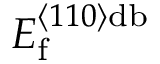
E _ { \mathrm { f } } ^ { \left\langle 1 1 0 \right\rangle \mathrm { d b } }